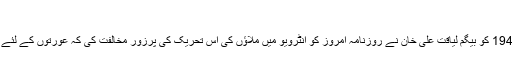
‘‘
چند روز بعد پندرہ اپریل 1948 کو بیگم لیاقت علی خان نے روزنامہ امروز کو انٹرویو میں ملاؤں کی اس تحریک کی پرزور مخالفت کی کہ عورتوں کے لئے پردہ لازمی قرار دیا جائے۔